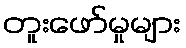
တူးဖော်မှုများ